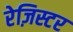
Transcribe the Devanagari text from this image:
रेज़िस्टर